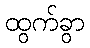
ထွက်ခွာ